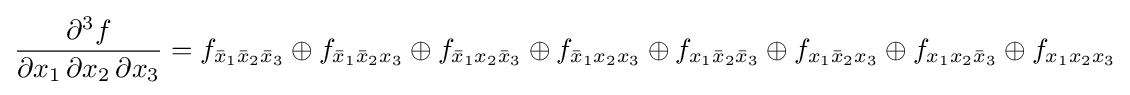
{\partial ^{3}f \over \partial x_{1}\,\partial x_{2}\,\partial x_{3}}=f_{{\bar {x}}_{1}{\bar {x}}_{2}{\bar {x}}_{3}}\oplus f_{{\bar {x}}_{1}{\bar {x}}_{2}x_{3}}\oplus f_{{\bar {x}}_{1}x_{2}{\bar {x}}_{3}}\oplus f_{{\bar {x}}_{1}x_{2}x_{3}}\oplus f_{x_{1}{\bar {x}}_{2}{\bar {x}}_{3}}\oplus f_{x_{1}{\bar {x}}_{2}x_{3}}\oplus f_{x_{1}x_{2}{\bar {x}}_{3}}\oplus f_{x_{1}x_{2}x_{3}}